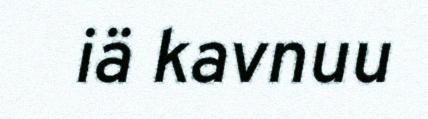
iä kavnuu